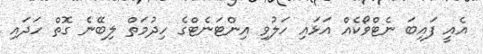
އެއީ ފައިބަ ނެޓްވޯކެއް އަޅައި ހަލުވި އިންޓަނެޓްގެ ހިދުމަތް ލިބޭނެ ގޮތް ހަދައި